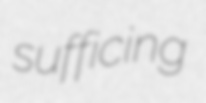
sufficing